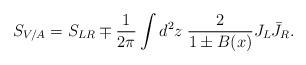
LaTeX: \begin{align*}S_{V/A} = S_{LR} \mp \frac{1}{2\pi} \int d^2 z \; \frac{2}{1 \pm B(x)} J_L \bar{J}_R.\end{align*}